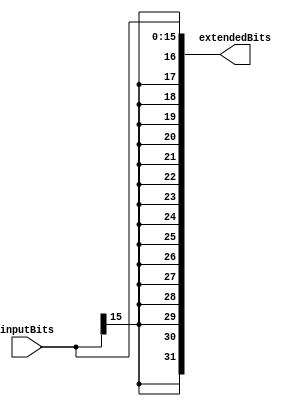
`timescale 1ns/1ns
module SignExtend (
    input [15:0] inputBits,
    output [31:0] extendedBits
);
    assign extendedBits = { {16{inputBits[15]}}, inputBits };
endmodule //SignExtend